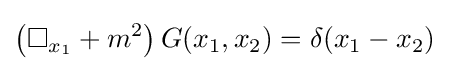
\left(\Box _{x_{1}}+m^{2}\right)G(x_{1},x_{2})=\delta (x_{1}-x_{2})